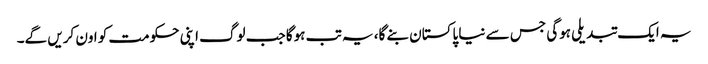
یہ ایک تبدیلی ہوگی جس سے نیا پاکستان بنے گا، یہ تب ہوگا جب لوگ اپنی حکومت کو اون کریں گے۔